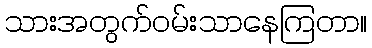
သားအတွက်ဝမ်းသာနေကြတာ။